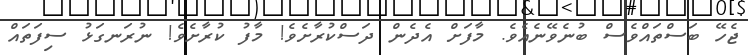
ޖެހޭ ބަސްތައްވެސް ބުނެވޭނެއެވެ. މާފަށް އެދެން ދަސްކުރާށެވެ! މާފު ކުރާށެވެ! ނުރަނގަޅު ސިފަތައް